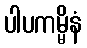
ပါပကမ္မိနံ